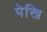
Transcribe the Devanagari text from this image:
पेखि